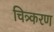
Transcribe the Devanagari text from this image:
चित्र्करण